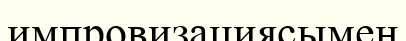
импровизациясымен